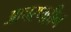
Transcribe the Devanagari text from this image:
आचरणहीन